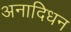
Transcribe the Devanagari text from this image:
अनादिधन